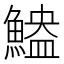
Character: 𫙬